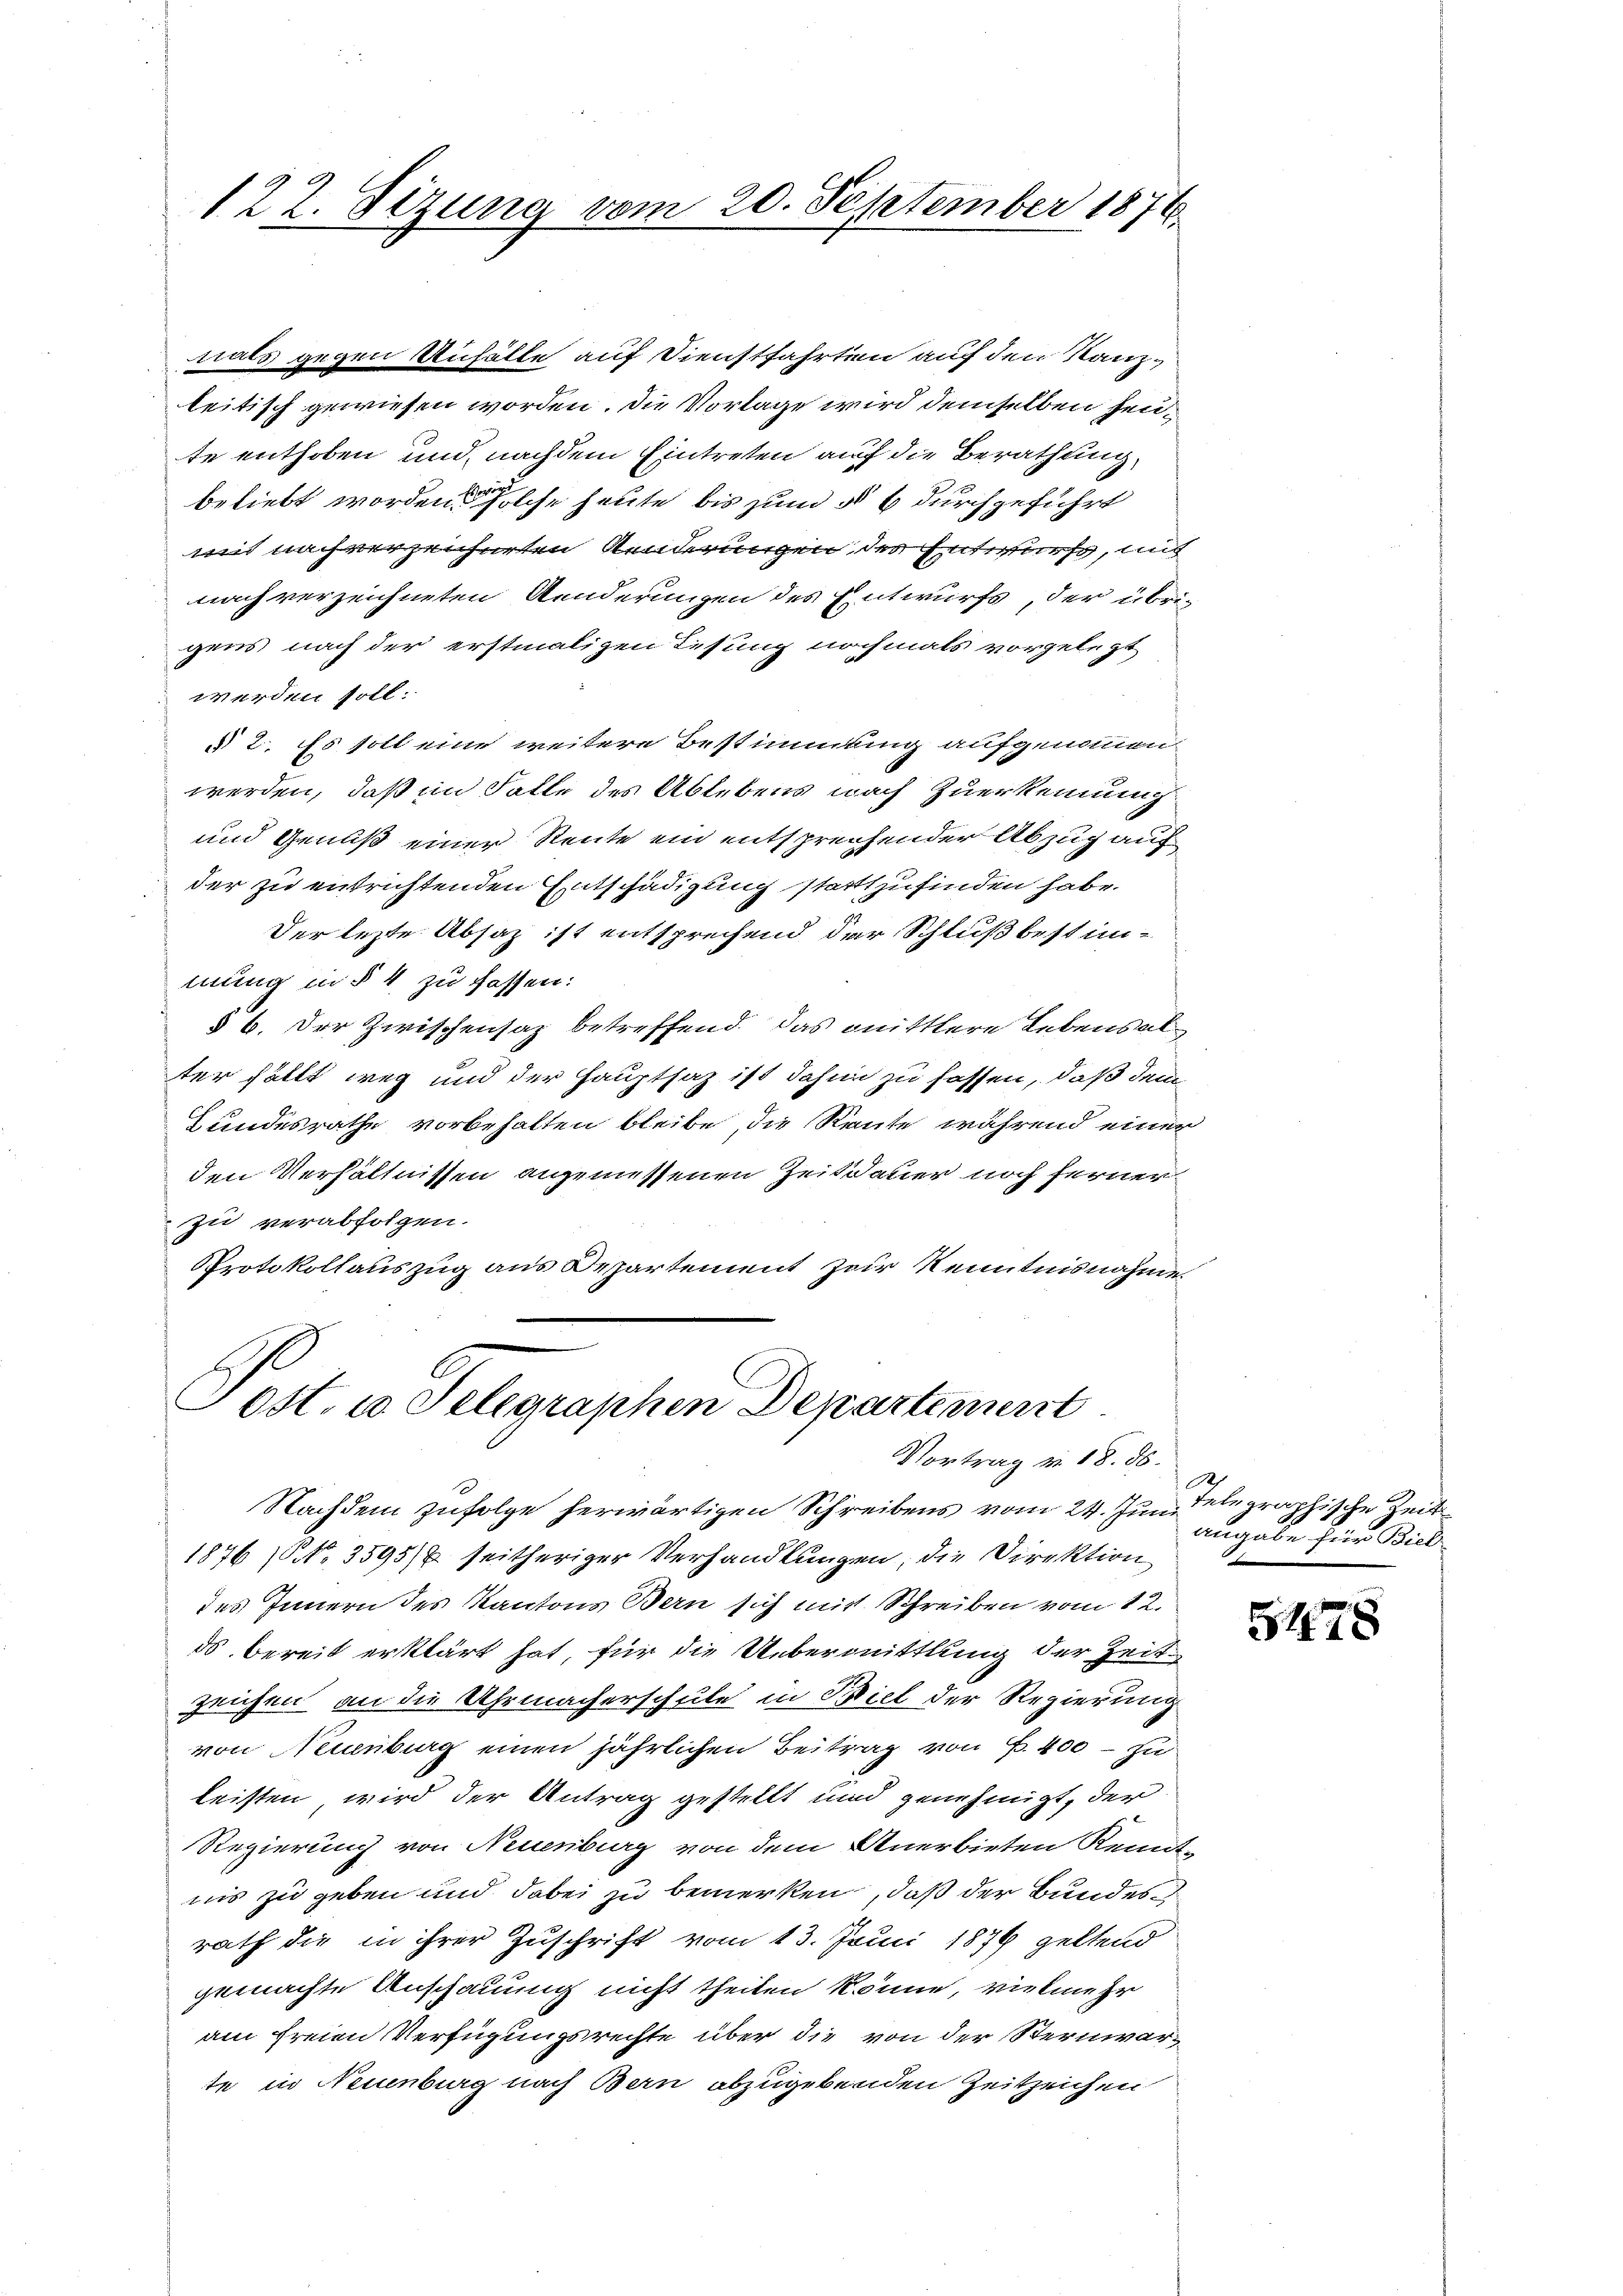
122. Sezung vom 20. September 1876.

nats gegen Unfälle auf Dienstfahrten auf den Kanzleitisch gewiesen worden. Die Vorlage wird demselben heute enthoben und nachdem Eintreten auf die Berathung,
beliebt worden solche heute bis zum § 6 durchgeführt
mit nach verzeichneten Aenderungen, der Entwurf, mit
nach verzeichneten Aenderungen des Entwurfs, der übrigens nach der erstmaligen Lesung nochmals vorgelegt
werden soll.
§ 2. Es soll eine weitere Bestimmung aufgenommen
werden, daß im Falle des Ablebens nach Zuerkennung
und Genuß einer Reute ein entsprechender Abzug auf
der zu entrichtenden Entschädigung stattzufinden habe.
Der lezte Absaz ist entsprechend der Schluß bestimmung in § 4 zu fassen:
§ 6. Der Zwischensaz betreffend das mittlere Lebensal
ter fällt weg und der Hauptsaz ist dahin zu fassen, daß dem
Bundesrathe vorbehalten bleibe, die Reute während einer
den Verhältnissen angemessenen Zeitdauer noch ferner
zu verabfolgen.
Protokollauszug aus Departement zur Kenntnisnahme

Post, wo Telegraphen Departement
Vortrag v. 18. ds.

Nachdem zufolge herwärtigen Schreibens vom 24. Jun. delegraphische Zeit
1876 § 3595/8 seitheriger Verhandlungen, die Direktion
des Innern des Kantons Bern sich mit Schreiben vom 12.
ds bereit erklärt hat, für die Uebermittlung der Zeit
Zeichen an die Uhrmacherschule in Biel der Regierung
von Neuenburg einen jährlichen Beitrag von 400 - zu
leisten wird der Antrag gestellt und genehmigt, der
Regierung von Neuenburg von dem Anerbieten Kennt-
unis zu geben und dabei zu bemerken, daß der Bundesrath die in ihrer Zuschrift vom 13. Junii 1876 geltend
gemachte Anschauung nicht theilen könne, vielmehr
am freien Verfügungsrechte über die von der Sternwarte in Neuenburg nach Bern abzugebenden Zeitzeichen

angabe für Biel

S478